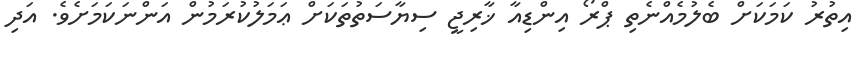
އިތުރު ކަމަކަށް ބެލުމެއްނެތި ޕްރޯ އިންޑިއާ ޚާރިޖީ ސިޔާސަތުތަކަށް ޢަމަލުކުރަމުން އަންނަކަމަށެވެ. އަދި